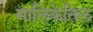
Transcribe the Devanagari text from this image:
मालिकेतिल